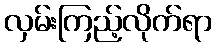
လှမ်းကြည့်လိုက်ရာ